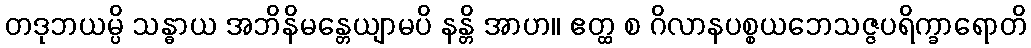
တဒုဘယမ္ပိ သန္ဓာယ အဘိနိမန္တေယျာမပိ နန္တိ အာဟ။ ဧတ္ထ စ ဂိလာနပစ္စယဘေသဇ္ဇပရိက္ခာရောတိ